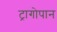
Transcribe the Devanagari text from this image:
ट्रागोपान